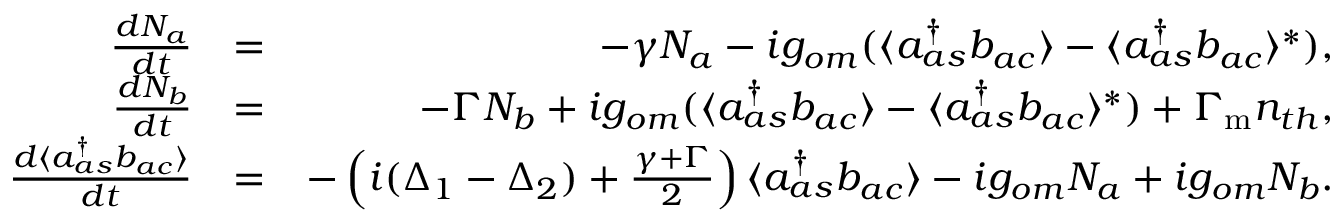
\begin{array} { r l r } { \frac { d N _ { a } } { d t } } & { = } & { - \gamma N _ { a } - i g _ { o m } ( \langle a _ { a s } ^ { \dagger } b _ { a c } \rangle - \langle a _ { a s } ^ { \dagger } b _ { a c } \rangle ^ { * } ) , } \\ { \frac { d N _ { b } } { d t } } & { = } & { - \Gamma N _ { b } + i g _ { o m } ( \langle a _ { a s } ^ { \dagger } b _ { a c } \rangle - \langle a _ { a s } ^ { \dagger } b _ { a c } \rangle ^ { * } ) + \Gamma _ { \mathrm { m } } n _ { t h } , } \\ { \frac { d \langle a _ { a s } ^ { \dagger } b _ { a c } \rangle } { d t } } & { = } & { - \left( i ( \Delta _ { 1 } - \Delta _ { 2 } ) + \frac { \gamma + \Gamma } { 2 } \right) \langle a _ { a s } ^ { \dagger } b _ { a c } \rangle - i g _ { o m } N _ { a } + i g _ { o m } N _ { b } . } \end{array}